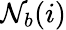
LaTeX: \mathcal{N}_{b}(i)